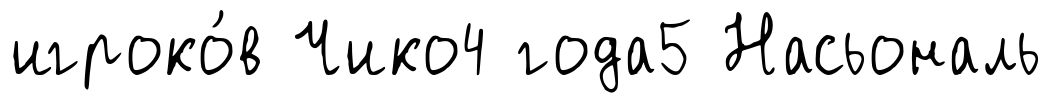
игроко́в Чико4 года5 Насьональ